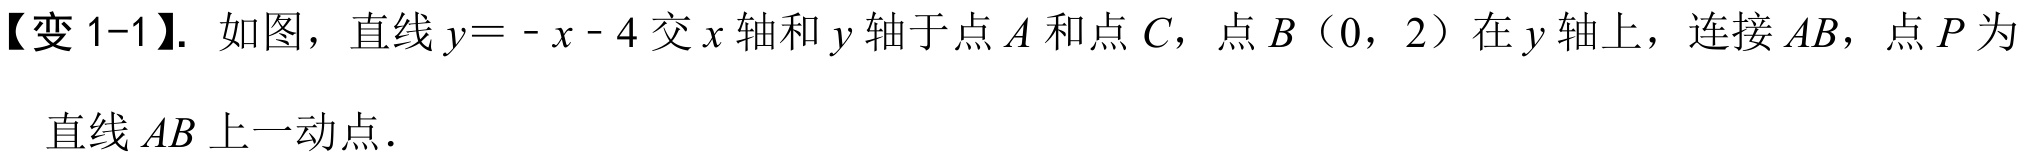
【变1-1】. 如图，直线\(y = - x - 4\)交\(x\)轴和\(y\)轴于点\(A\)和点\(C\)，点\(B\)（0，2）在\(y\)轴上，连接\(AB\)，点\(P\)为直线\(AB\)上一动点．